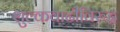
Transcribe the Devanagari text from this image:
शुल्कवाढीविरुद्ध